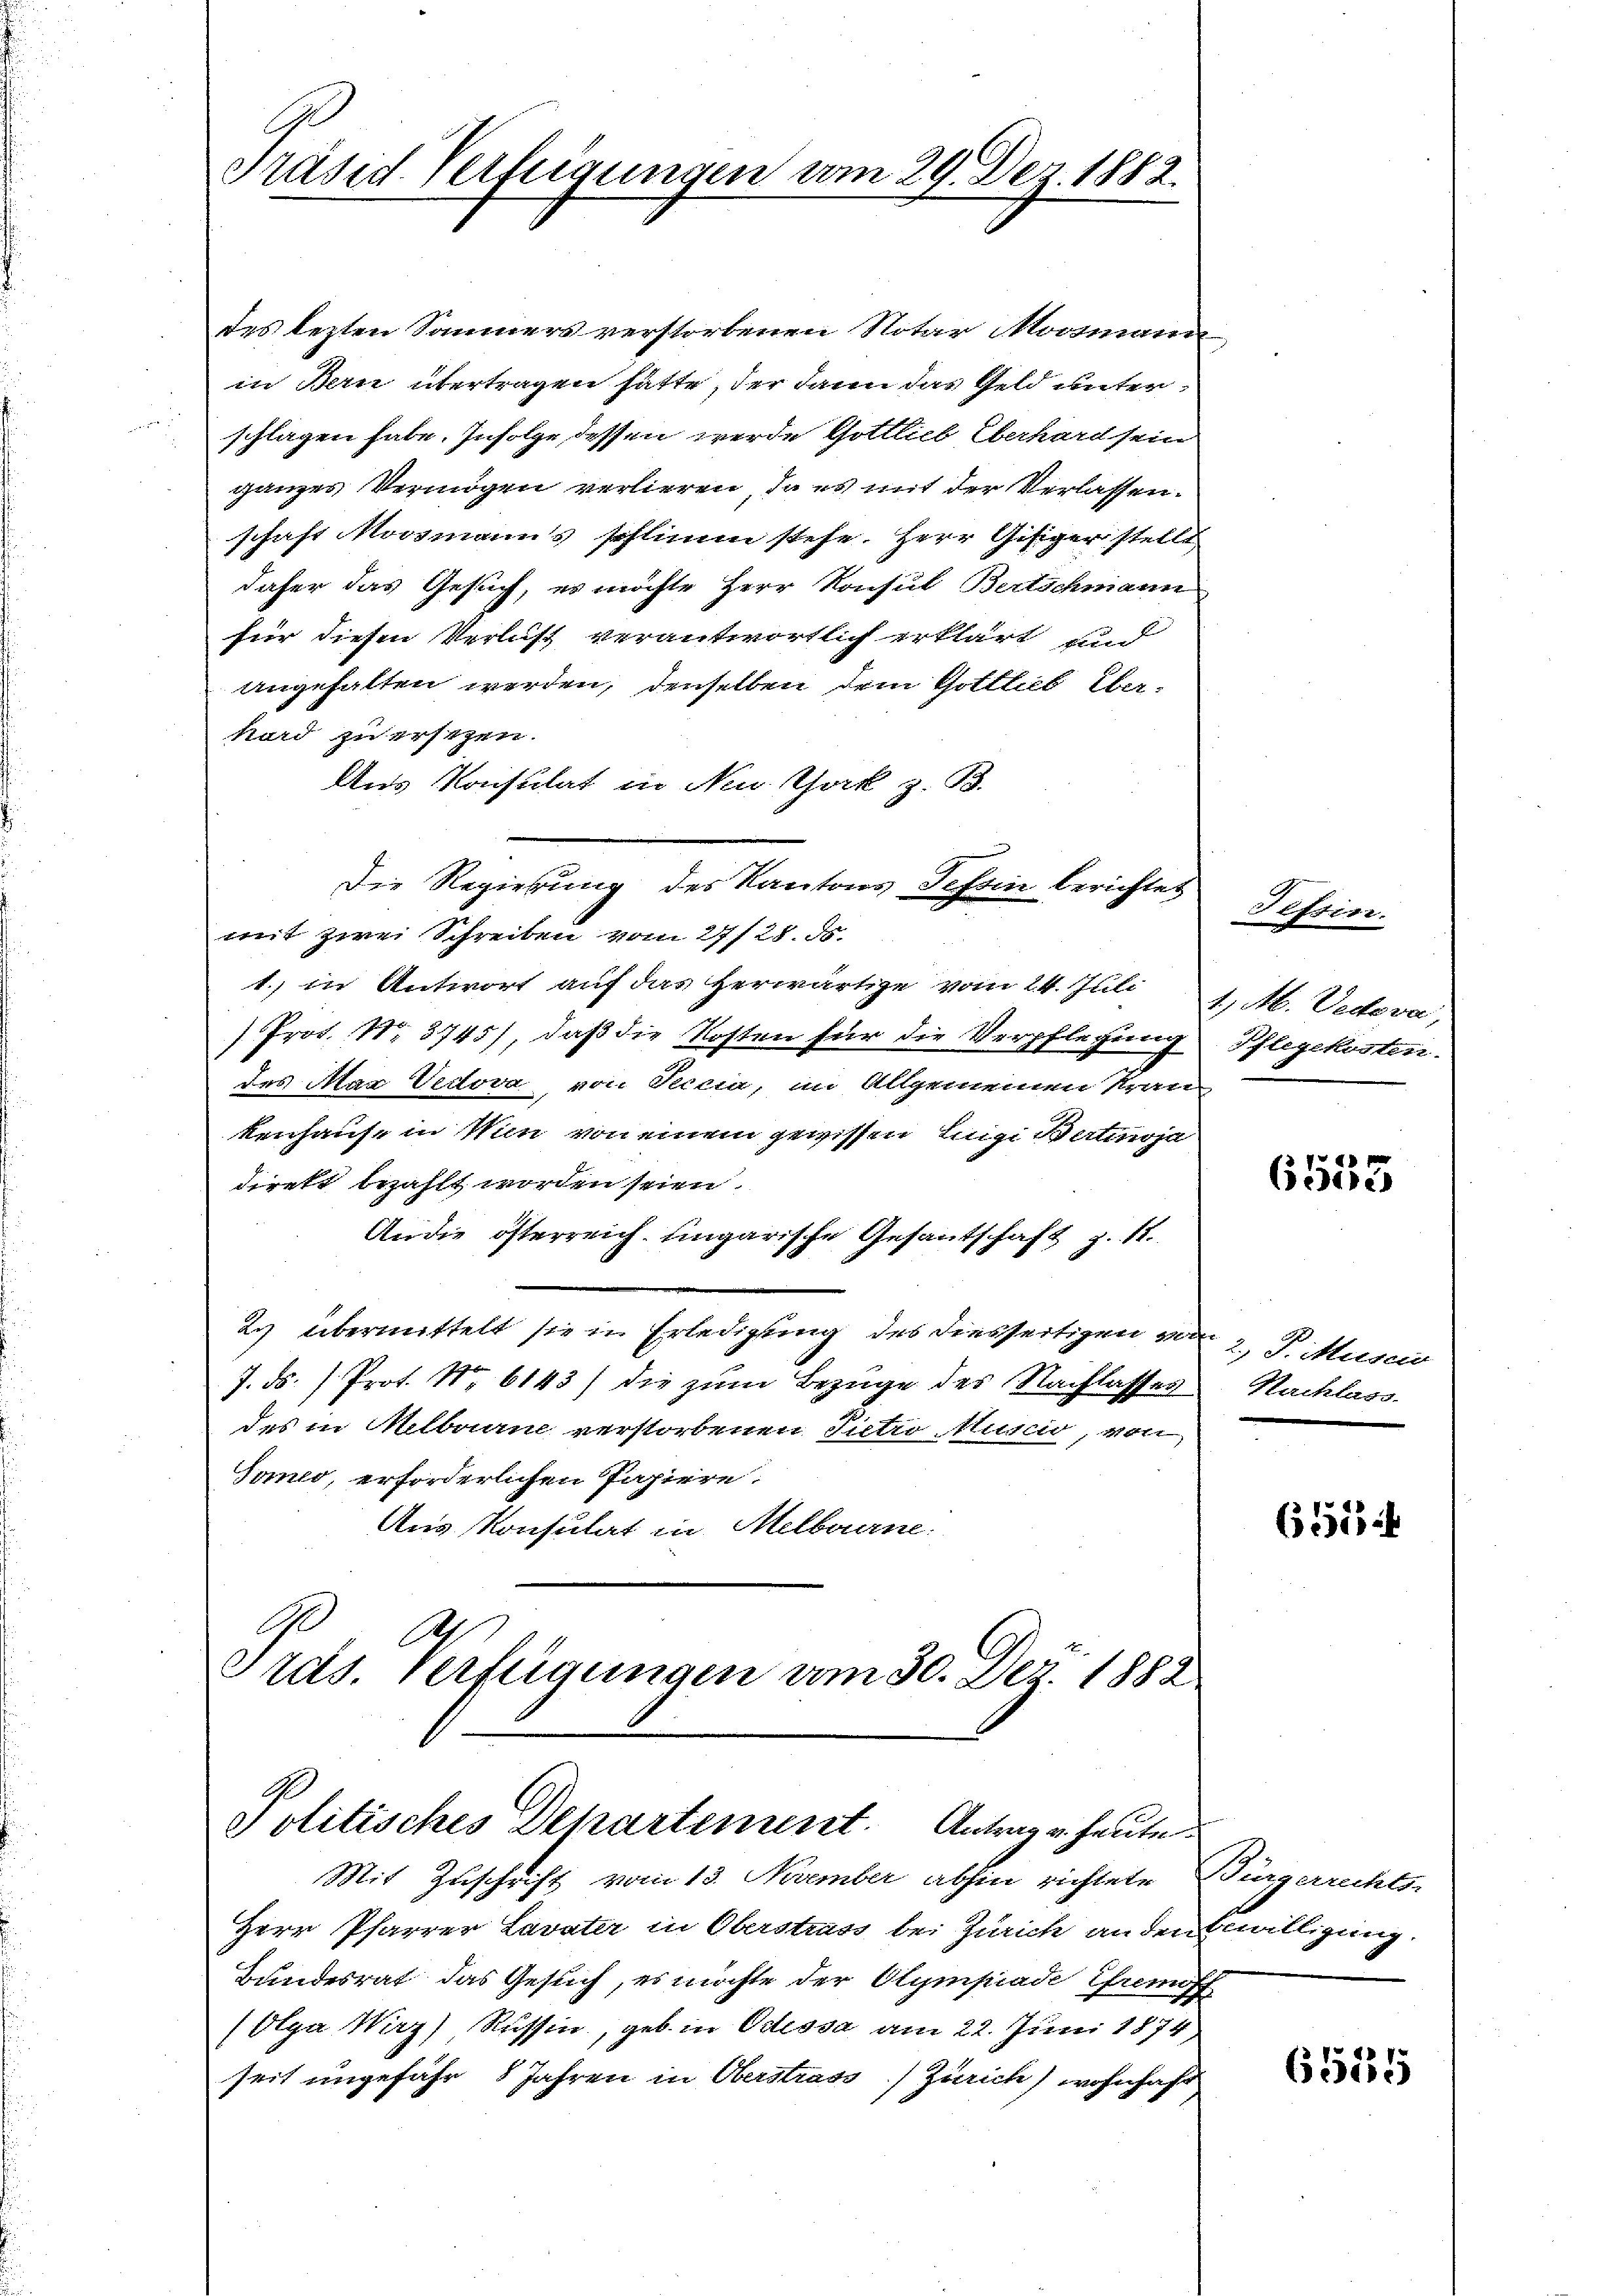
.
Präsid Vertigungen vom 29. Der 1882.

des lezten Sommers verstorbenen Notar Moosmann
in Bern übertragen hätte, der dann das Geld unterschlagen habe. Infolge, dessen werde Gottlieb Eberhard sein
ganzes Vermögen verlieren, da es mit der Verlassen.
schaft Moosmanns schlimm stehe. Herr Gisiger stelle
daher das Gesuch, es möchte Herr Konsul Bertschmann
für diesen Verlicht verantwortlich erklärt und
angehalten werden, denselben dem Gottlich Eber¬
Kord zu ersten.
Ans Konsulat in New York z. B.
Die Regierung des Kantons Tessin berichtet
mit zwei Schreiben vom 27 f 28. ds.
1.) in Antwort auf das herwärtige vom 24. Juli
) Prof. Nr. 3745), daß die Kosten für die Verpflegung
des Mar Decora, von Ficia, im Allgemeinen Kran
kenhause in Wien von einem gewissen Luigi Bertinja
direkt bezahlt worden seien.
An die österreich. Eingarische Gesantschaft z. 12.
29 übermittelt sie in Erledigung des diessertigen vom
7. ds. / Prot. Nr. 6143) die zum Bezüge des Nachlasses
des in Melborne verstorbenen Sictio Rusco, von
Jone, erforderlichen Papiere.
Aus Konsulat in Melborne
A
Gras. Verfügungen vom 30. Dez. 1882

Politisches Departement. Antrag u. heute

Mit Zuschrift vom 13. November abhin richtete
Herr Pfarrer Lavater in Oberstrass bei Zürich an der
Bundesrat das Gesuch, es möchte der Olympiade Ermöff
(Olga Wirz Russin, geb. in Odessa am 22. Juni 1874,
seit ungefähr 8 Jahren in Oberstrass Zürich) wohnhaft

Tessin.
4) Ab. Vedover,
Pflegekosten.

r
Bedreh

2., P. Muscio
Hachlass

(1323 i

Bürgerrechts.
Bewilligung.

6535